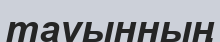
тауынның